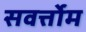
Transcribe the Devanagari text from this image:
सवर्त्तोम